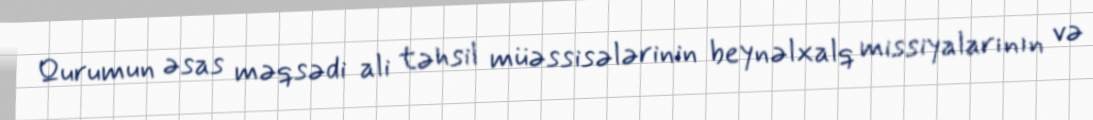
Qurumun əsas məqsədi ali təhsil müəssisələrinin beynəlxalq missiyalarının və